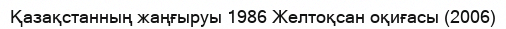
Қазақстанның жаңғыруы 1986 Желтоқсан оқиғасы (2006)